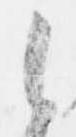
之